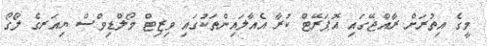
މީގެ އިތުރަށް ރާއްޖޭގައި އޮޕަރޭޓް ކުރާ އެއާލައިންތަކުގައި ވިޒިޓް މޯލްޑިވްސް ޔިއަރގެ ލޯގޯ